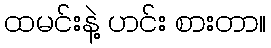
ထမင်းနဲ့ ဟင်း စားတာ။